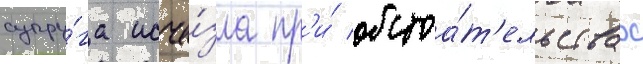
супру́га исче́зла пр'и́ обстоа́т'ельствах